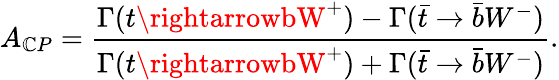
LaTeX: A_{\mathbb{C}P}=\frac{{\Gamma(t\rightarrowbW^{+})-\Gamma(\bar{{t}}\rightarrow\bar{{b}}W^{-})}}{{\Gamma(t\rightarrowbW^{+})+\Gamma(\bar{{t}}\rightarrow\bar{{b}}W^{-})}}.